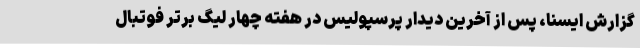
گزارش ایسنا، پس از آخرین دیدار پرسپولیس در هفته چهار لیگ برتر فوتبال